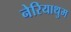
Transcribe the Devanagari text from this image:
नेरियाथुम